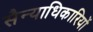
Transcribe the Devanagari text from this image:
सैन्याधिकारियों